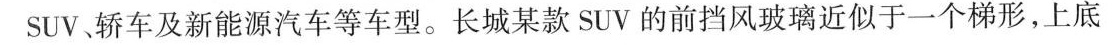
SUV、轿车及新能源汽车等车型。长城某款SUV的前挡风玻璃近似于一个梯形，上底